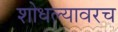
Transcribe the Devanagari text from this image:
शोधल्यावरच